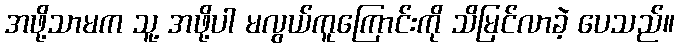
အဖို့သာမက သူ့ အဖို့ပါ မလွယ်ကူကြောင်းကို သိမြင်လာခဲ့ ပေသည်။